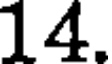
14.